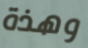
وهذة